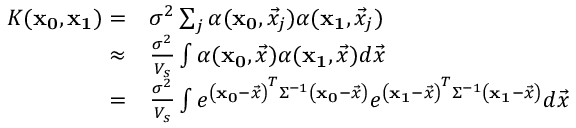
\begin{array} { r l } { K ( \mathbf { x _ { 0 } } , \mathbf { x _ { 1 } } ) = } & { \sigma ^ { 2 } \sum _ { j } \alpha ( \mathbf { x _ { 0 } } , \vec { x } _ { j } ) \alpha ( \mathbf { x _ { 1 } } , \vec { x } _ { j } ) } \\ { \approx } & { \frac { \sigma ^ { 2 } } { V _ { s } } \int \alpha ( \mathbf { x _ { 0 } } , \vec { x } ) \alpha ( \mathbf { x _ { 1 } } , \vec { x } ) d \vec { x } } \\ { = } & { \frac { \sigma ^ { 2 } } { V _ { s } } \int e ^ { \left( \mathbf { x _ { 0 } } - \vec { x } \right) ^ { T } \Sigma ^ { - 1 } \left( \mathbf { x _ { 0 } } - \vec { x } \right) } e ^ { \left( \mathbf { x _ { 1 } } - \vec { x } \right) ^ { T } \Sigma ^ { - 1 } \left( \mathbf { x _ { 1 } } - \vec { x } \right) } d \vec { x } } \end{array}